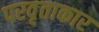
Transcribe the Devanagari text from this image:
परवृताकार